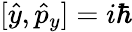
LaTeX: [\hat{y},\hat{p}_{y}]=i\hbar